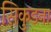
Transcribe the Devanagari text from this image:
सिकुडना